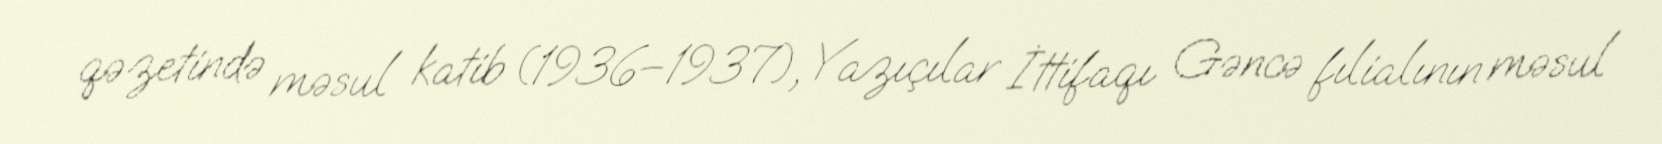
qəzetində məsul katib (1936–1937), Yazıçılar İttifaqı Gəncə fılialının məsul